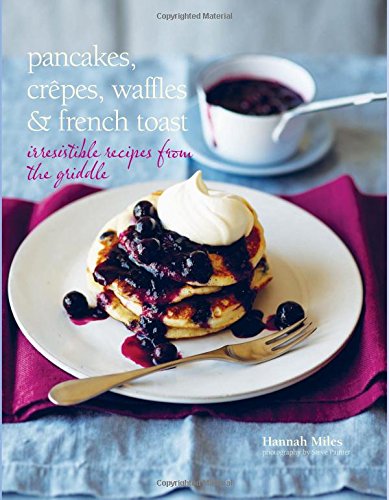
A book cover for Pancakes, Crepes, Waffles and French Toast: Irresistible Recipes From The Griddle; Hannah Miles; Cookbooks, Food & Wine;